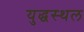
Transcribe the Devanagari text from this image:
युद्धस्‍थल